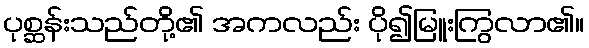
ပုစ္ဆန်းသည်တို့၏ အကလည်း ပို၍မြူးကြွလာ၏။